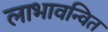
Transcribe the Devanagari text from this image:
लाभावन्वित